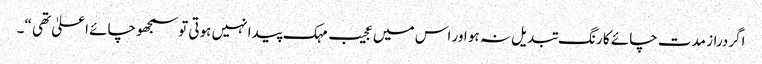
اگردراز مدت چائے کا رنگ تبدیل نہ ہو اور اس میں عجیب مہک پیدا نہیں ہوتی توسمجھوچائے اعلیٰ تھی “۔